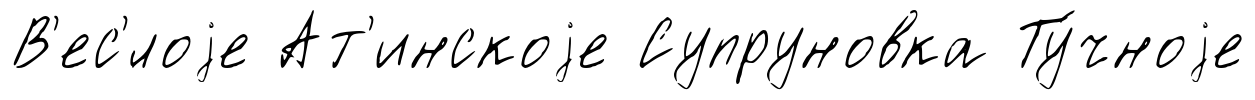
В'ес'́лоjе Ат'инскоjе Супруновка Ту́чноjе